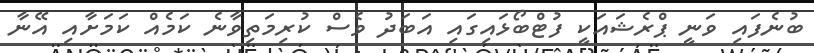
ބުނެފައި ވަނީ ޕްރެޝައަކީ ފުޓްބޯޅައިގައި އަބަދު ވެސް ކުރިމަތިވާނެ ކަމެއް ކަމަށާއި އޭނާ